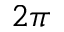
2 \pi